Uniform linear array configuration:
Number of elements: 64
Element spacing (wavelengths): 0.5
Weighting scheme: blackman
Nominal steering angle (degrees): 30
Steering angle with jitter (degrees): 28.043
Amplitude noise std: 0.05
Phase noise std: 0.05

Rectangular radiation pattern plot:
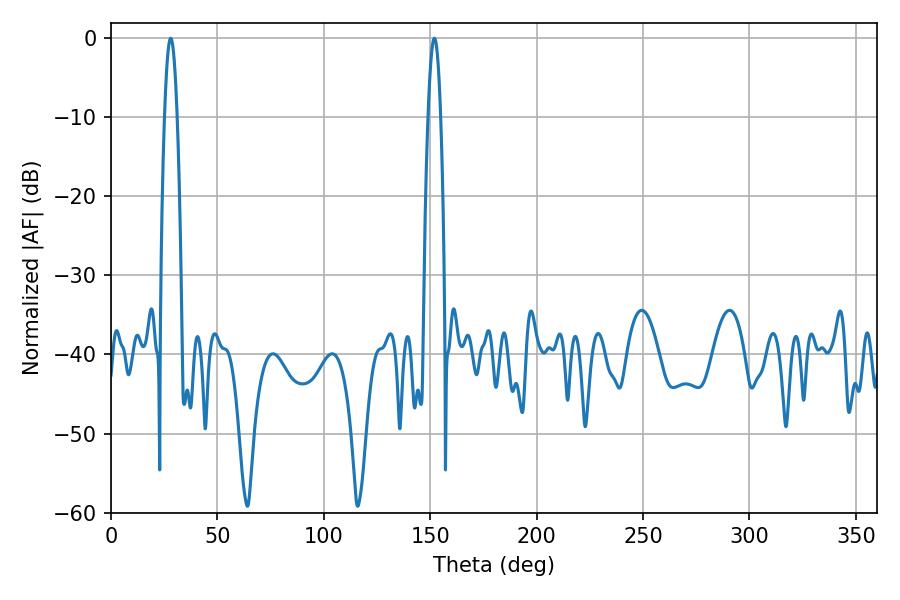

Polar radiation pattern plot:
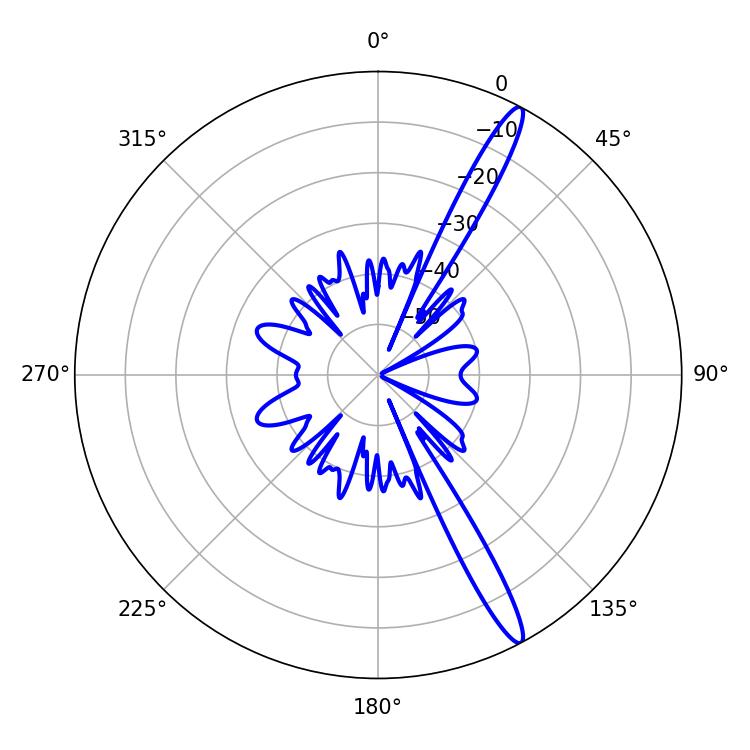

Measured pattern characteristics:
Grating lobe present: FALSE
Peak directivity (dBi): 15.369
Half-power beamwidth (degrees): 3.24
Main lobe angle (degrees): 28.08